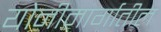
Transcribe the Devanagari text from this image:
योनीमार्गातील